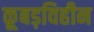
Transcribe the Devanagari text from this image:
कूबड़विहीन